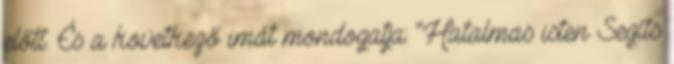
előtt. És a következő imát mondogatja: "Hatalmas isten Segíts